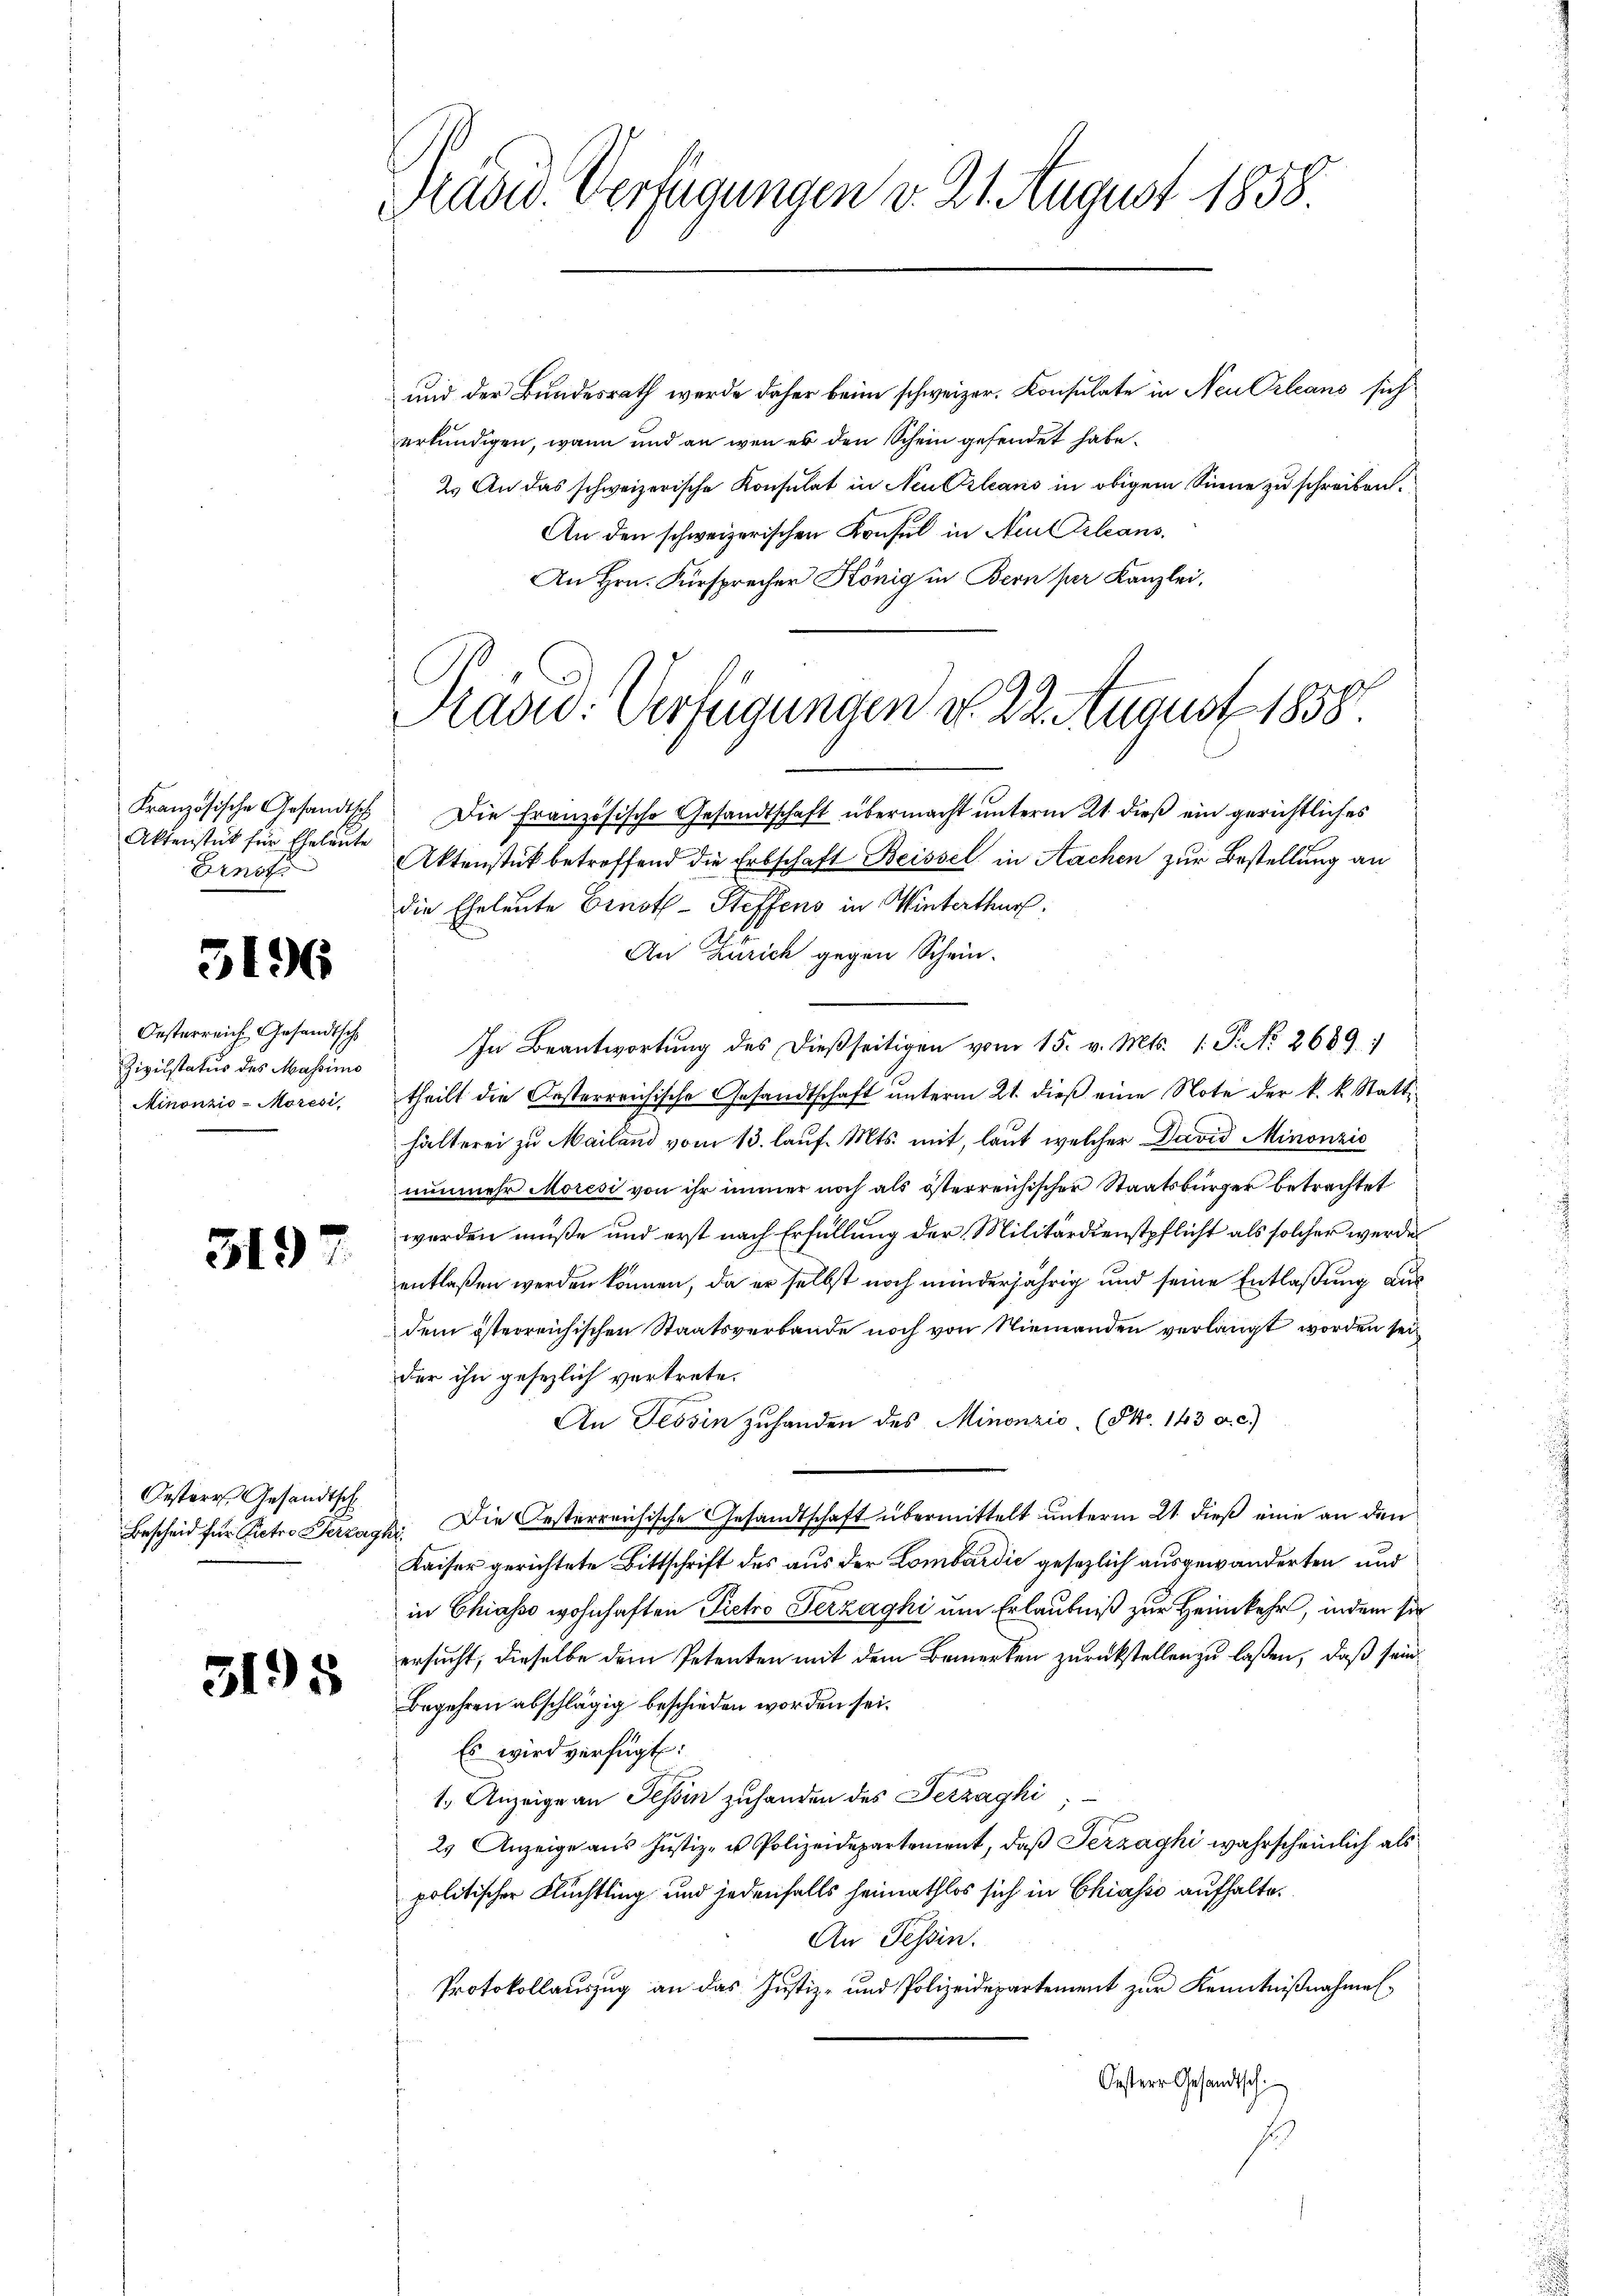
Aktenstück für Eheleute
Ernst.

3196

Oesterreich Gesandtsch
Zivilstatus des Massimo
Minonzio-Moresi,

3197

Oestern Gesandtsch

3198

Präsid. Verfügungen v. 21. August 1858.

und der Bundesrath werde daher beim schweizer. Konsulate in Neu Orleans sich
erkundigen, wann und an wenn es den Schein gesendet habe.
2.) An das schweizerische Konsulat in Neukleans in obigem Sinne zu schreiben.
An den schweizerischen Konsul in Neutrleans
An Hrn. Fürsprecher König in Bern per Kanzlei,

Französische Gesandtsch. Die Französische Gesandtschaft übermacht unterm 21. dieß ein gerichtliches
Aktenstük betreffend die Erbschaft Beissel in Sachen zur Bestellung an
die Eheleute Ernoth- Steffens in Winterthur:
An Zürich gegen Schein.
In Beantwortung des dießseitigen vom 15. v. Mts. 1. P. No. 2689:
theilt die Oesterreichische Gesandtschaft ŭnterm 21. dieβ eine Note der k. k. Statt
hälterei zu Mailand vom 13. lauf. Mts. mit, laut welcher David Minonzić
nunmehr Moresi von ihr immer noch als österreichischer Staatsbürger betrachtet
werden müße und erst nach Erfüllung der Militärdienstpflicht als solcher werde
entlaßen werden können, da er selbst noch minderjährig und seine Entlaßung ausdem österreichischen Staatsverbande noch von Niemanden verlangt worden sei
der ihn gesezlich vertrete.
An Tessin zŭ handen des Minonzić, (Pro. 143 a. c.)
Bescheid für Pietro Perzaghi, Die Oesterreichische Gesandtschaft übermittelt unterm 21. dieß eine an den
Kaiser gerichtete Bittschrift des aus der Lombardić gesezlich ausgewanderten und
in Chiasso wohnhaften Pietro Terzaghi um Erlaubniß zur Heimkehr, indem sie
ersucht, dieselbe dem Petenten mit dem Bemerken zurückstellen zu laßen, daß sein
Begehren abschlägig beschieden worden sei.
Es wird verfügt:
1. Anzeige an Tessin zuhanden des Jezzaghi,
2 Anzeige aus Justiz- u Polizeidepartement, daß Perzaghi wahrscheinlich als
politischer Flüchtling und jedenfalls heimathlos sich in Chiasso aufhalte¬
An Tessin.
Protokollauszug an das Justiz- und Polizeidepartement zur Kenntnißnahme
Oesterr Gesandtsch
s

Präsid. Verfügungen d. 22. August 1858.